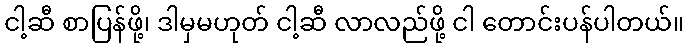
ငါ့ဆီ စာပြန်ဖို့၊ ဒါမှမဟုတ် ငါ့ဆီ လာလည်ဖို့ ငါ တောင်းပန်ပါတယ်။